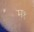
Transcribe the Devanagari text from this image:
म१